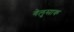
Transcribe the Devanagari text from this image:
गेलुसाक